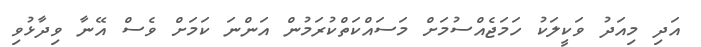
އަދި މިއަދު ވަކީލަކު ހަމަޖެއްސުމަށް މަސައްކަތްކުރަމުން އަންނަ ކަމަށް ވެސް އޭނާ ވިދާޅުވި